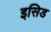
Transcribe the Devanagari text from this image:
इसिड